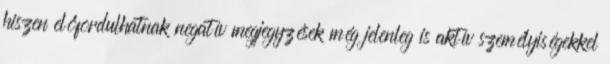
hiszen előfordulhatnak negatív megjegyzések még jelenleg is aktív személyiségekkel